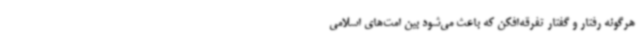
هرگونه رفتار و گفتار تفرقه‌افکن که باعث می‌شود بین امت‌های اسلامی